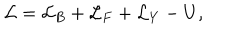
{ \cal L } = { \cal L } _ { B } + { \cal L } _ { F } + { \cal L } _ { Y } - U ,